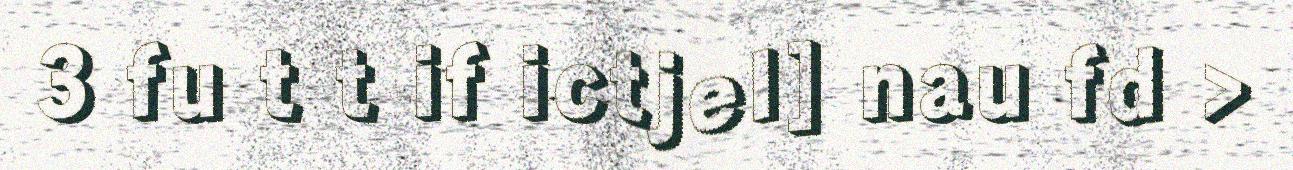
3 fu t t if ictjel] nau fd >